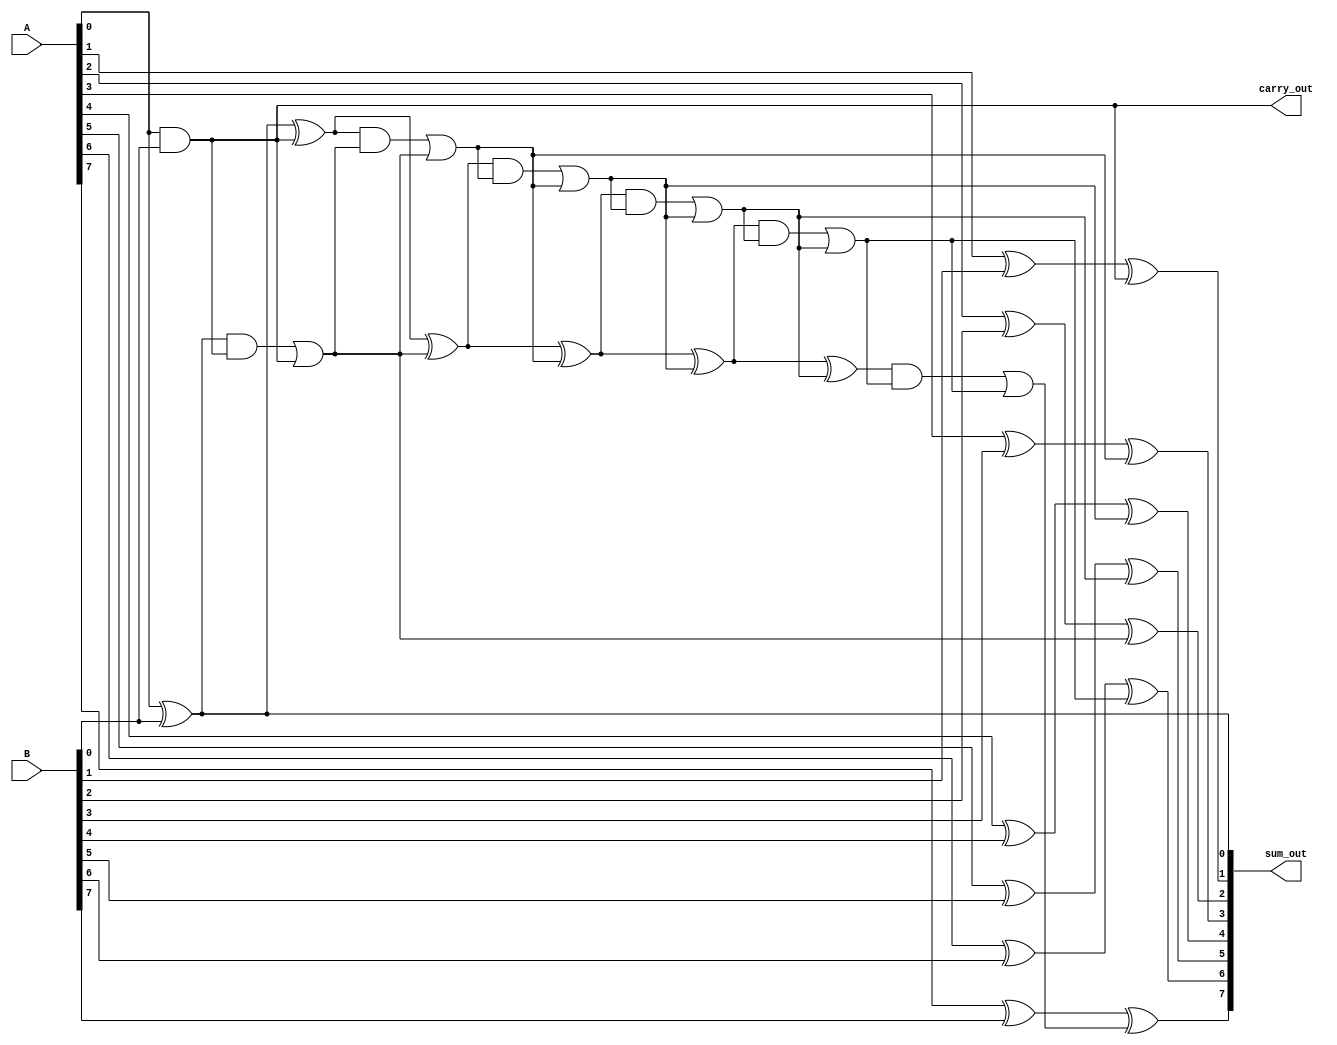
module kogge_stone_adder(
    input [7:0] A,
    input [7:0] B,
    output [8:0] sum_out,
    output carry_out
);

wire [7:0] p [0:6];
wire [7:0] g [0:6];
wire [7:0] c [0:8];

assign p[0] = A ^ B;
assign g[0] = A & B;

genvar i;
generate
    for (i = 1; i < 7; i = i + 1) begin
        assign p[i] = p[i-1] ^ c[i-1];
        assign g[i] = (p[i-1] & c[i-1]) | g[i-1];
    end
endgenerate

assign c[0] = 0;
assign sum_out[0] = A[0] ^ B[0] ^ c[0];
assign carry_out = (A[0] & B[0]) | (A[0] & c[0]) | (B[0] & c[0]);
assign c[1] = (A[0] & B[0]) | (A[0] & c[0]) | (B[0] & c[0]);
assign sum_out[1] = A[1] ^ B[1] ^ c[1];

generate
    for (i = 2; i < 8; i = i + 1) begin
        assign c[i] = (p[i-1] & c[i-1]) | g[i-1];
        assign sum_out[i] = A[i] ^ B[i] ^ c[i];
    end
endgenerate

assign sum_out[8] = c[8];

endmodule